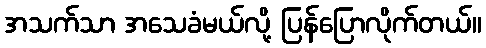
အသက်သာ အသေခံမယ်လို့ ပြန်ပြောလိုက်တယ်။